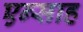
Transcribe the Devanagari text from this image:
एन्साह